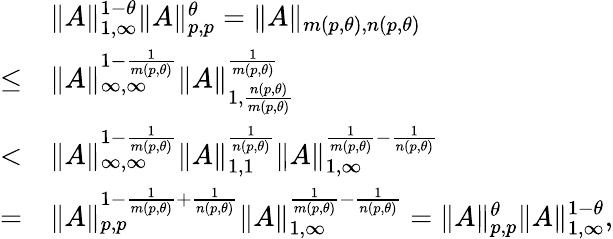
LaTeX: \begin{array}{rl}&{\| A\| _{1,\infty}^{1-\theta}\| A\| _{p,p}^{\theta}=\| A\| _{m(p,\theta),n(p,\theta)}}\\ {\le}&{\| A\| _{\infty,\infty}^{1-\frac{1}{m(p,\theta)}}\| A\| _{1,\frac{n(p,\theta)}{m(p,\theta)}}^{\frac{1}{m(p,\theta)}}}\\ {<}&{\| A\| _{\infty,\infty}^{1-\frac{1}{m(p,\theta)}}\| A\| _{1,1}^{\frac{1}{n(p,\theta)}}\| A\| _{1,\infty}^{\frac{1}{m(p,\theta)}-\frac{1}{n(p,\theta)}}}\\ {=}&{\| A\| _{p,p}^{1-\frac{1}{m(p,\theta)}+\frac{1}{n(p,\theta)}}\| A\| _{1,\infty}^{\frac{1}{m(p,\theta)}-\frac{1}{n(p,\theta)}}=\| A\| _{p,p}^{\theta}\| A\| _{1,\infty}^{1-\theta},}\end{array}